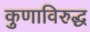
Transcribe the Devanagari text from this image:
कुणाविरुद्ध